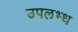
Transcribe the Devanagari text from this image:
उपलभ्ध